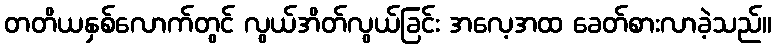
တတိယနှစ်လောက်တွင် လွယ်အိတ်လွယ်ခြင်း အလေ့အထ ခေတ်စားလာခဲ့သည်။